Annual report of the Imperial Bacteriologist
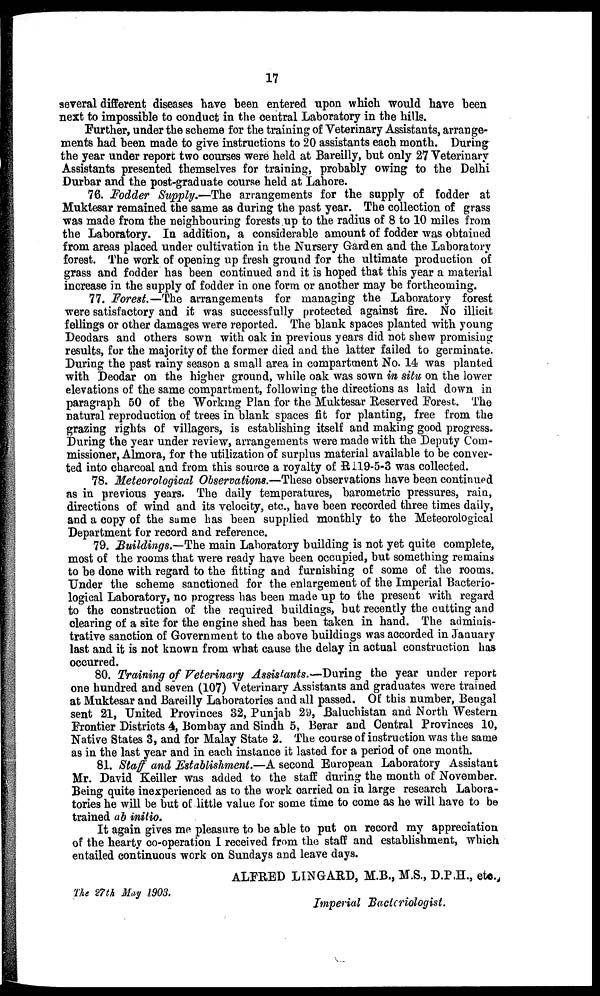
17
several different diseases have been entered upon which would have been
next to impossible to conduct in the central Laboratory in the hills.
Further, under the scheme for the training of Veterinary Assistants, arrange-
ments had been made to give instructions to 20 assistants each month. During
the year under report two courses were held at Bareilly, but only 27 Veterinary
Assistants presented themselves for training, probably owing to the Delhi
Durbar and the post-graduate course held at Lahore.
76. Fodder Supply.—The arrangements for the supply of fodder at
Muktesar remained the same as during the past year. The collection of grass
was made from the neighbouring forests up to the radius of 8 to 10 miles from
the Laboratory. In addition, a considerable amount of fodder was obtained
from areas placed under cultivation in the Nursery Garden and the Laboratory
forest. The work of opening up fresh ground for the ultimate production of
grass and fodder has been continued and it is hoped that this year a material
increase in the supply of fodder in one form or another may be forthcoming.
77. Forest.—The arrangements for managing the Laboratory forest
were satisfactory and it was successfully protected against fire. No illicit
fellings or other damages were reported. The blank spaces planted with young
Deodars and others sown with oak in previous years did not shew promising
results, for the majority of the former died and the latter failed to germinate.
During the past rainy season a small area in compartment No. 14 was planted
with Deodar on the higher ground, while oak was sown in situ on the lower
elevations of the same compartment, following the directions as laid down in
paragraph 50 of the Working Plan for the Muktesar Reserved Forest. The
natural reproduction of trees in blank spaces fit for planting, free from the
grazing rights of villagers, is establishing itself and making good progress.
During the year under review, arrangements were made with the Deputy Com-
missioner, Almora, for the utilization of surplus material available to be conver-
ted into charcoal and from this source a royalty of R119-5-3 was collected.
78. Meteorological Observations.—These observations have been continued
as in previous years. The daily temperatures, barometric pressures, rain,
directions of wind and its velocity, etc., have been recorded three times daily,
and a copy of the same has been supplied monthly to the Meteorological
Department for record and reference.
79. Buildings.—The main Laboratory building is not yet quite complete,
most of the rooms that were ready have been occupied, but something remains
to be done with regard to the fitting and furnishing of some of the rooms.
Under the scheme sanctioned for the enlargement of the Imperial Bacterio-
logical Laboratory, no progress has been made up to the present with regard
to the construction of the required buildings, but recently the cutting and
clearing of a site for the engine shed has been taken in hand. The adminis-
trative sanction of Government to the above buildings was accorded in January
last and it is not known from what cause the delay in actual construction has
occurred.
80. Training of Veterinary Assistants.—During the year under report
one hundred and seven (107) Veterinary Assistants and graduates were trained
at Muktesar and Bareilly Laboratories and all passed. Of this number, Bengal
sent 21, United Provinces 32, Punjab 29, Baluchistan and North Western
Frontier Districts 4, Bombay and Sindh 5, Berar and Central Provinces 10,
Native States 3, and for Malay State 2. The course of instruction was the same
as in the last year and in each instance it lasted for a period of one month.
81. Staff and Establishment.—A second European Laboratory Assistant
Mr. David Keiller was added to the staff during the month of November.
Being quite inexperienced as to the work carried on in large research Labora-
tories he will be but of little value for some time to come as he will have to be
trained ab inilio.
It again gives me pleasure to be able to put on record my appreciation
of the hearty co-operation I received from the staff and establishment, which
entailed continuous work on Sundays and leave days.
ALFRED LINGARD, M.B., M.S., D.P.H., etc.,
The 27th May 1903.
Imperial Bacteriologist.